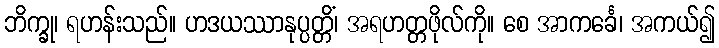
ဘိက္ခု၊ ရဟန်းသည်။ ဟဒယဿာနုပ္ပတ္တိံ၊ အရဟတ္တဖိုလ်ကို။ စေ အာကင်္ခေ၊ အကယ်၍